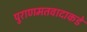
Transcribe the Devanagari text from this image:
पुराणमतवादाकडे